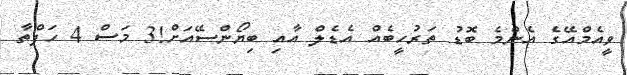
ވީއެމްއޭގެ އެންމެ ބޮޑު ތަރުހީބެއް އެޑެލް އާއި ބިޔޯންސޭއަށް!3 މަސް 4 ހަފްތާ